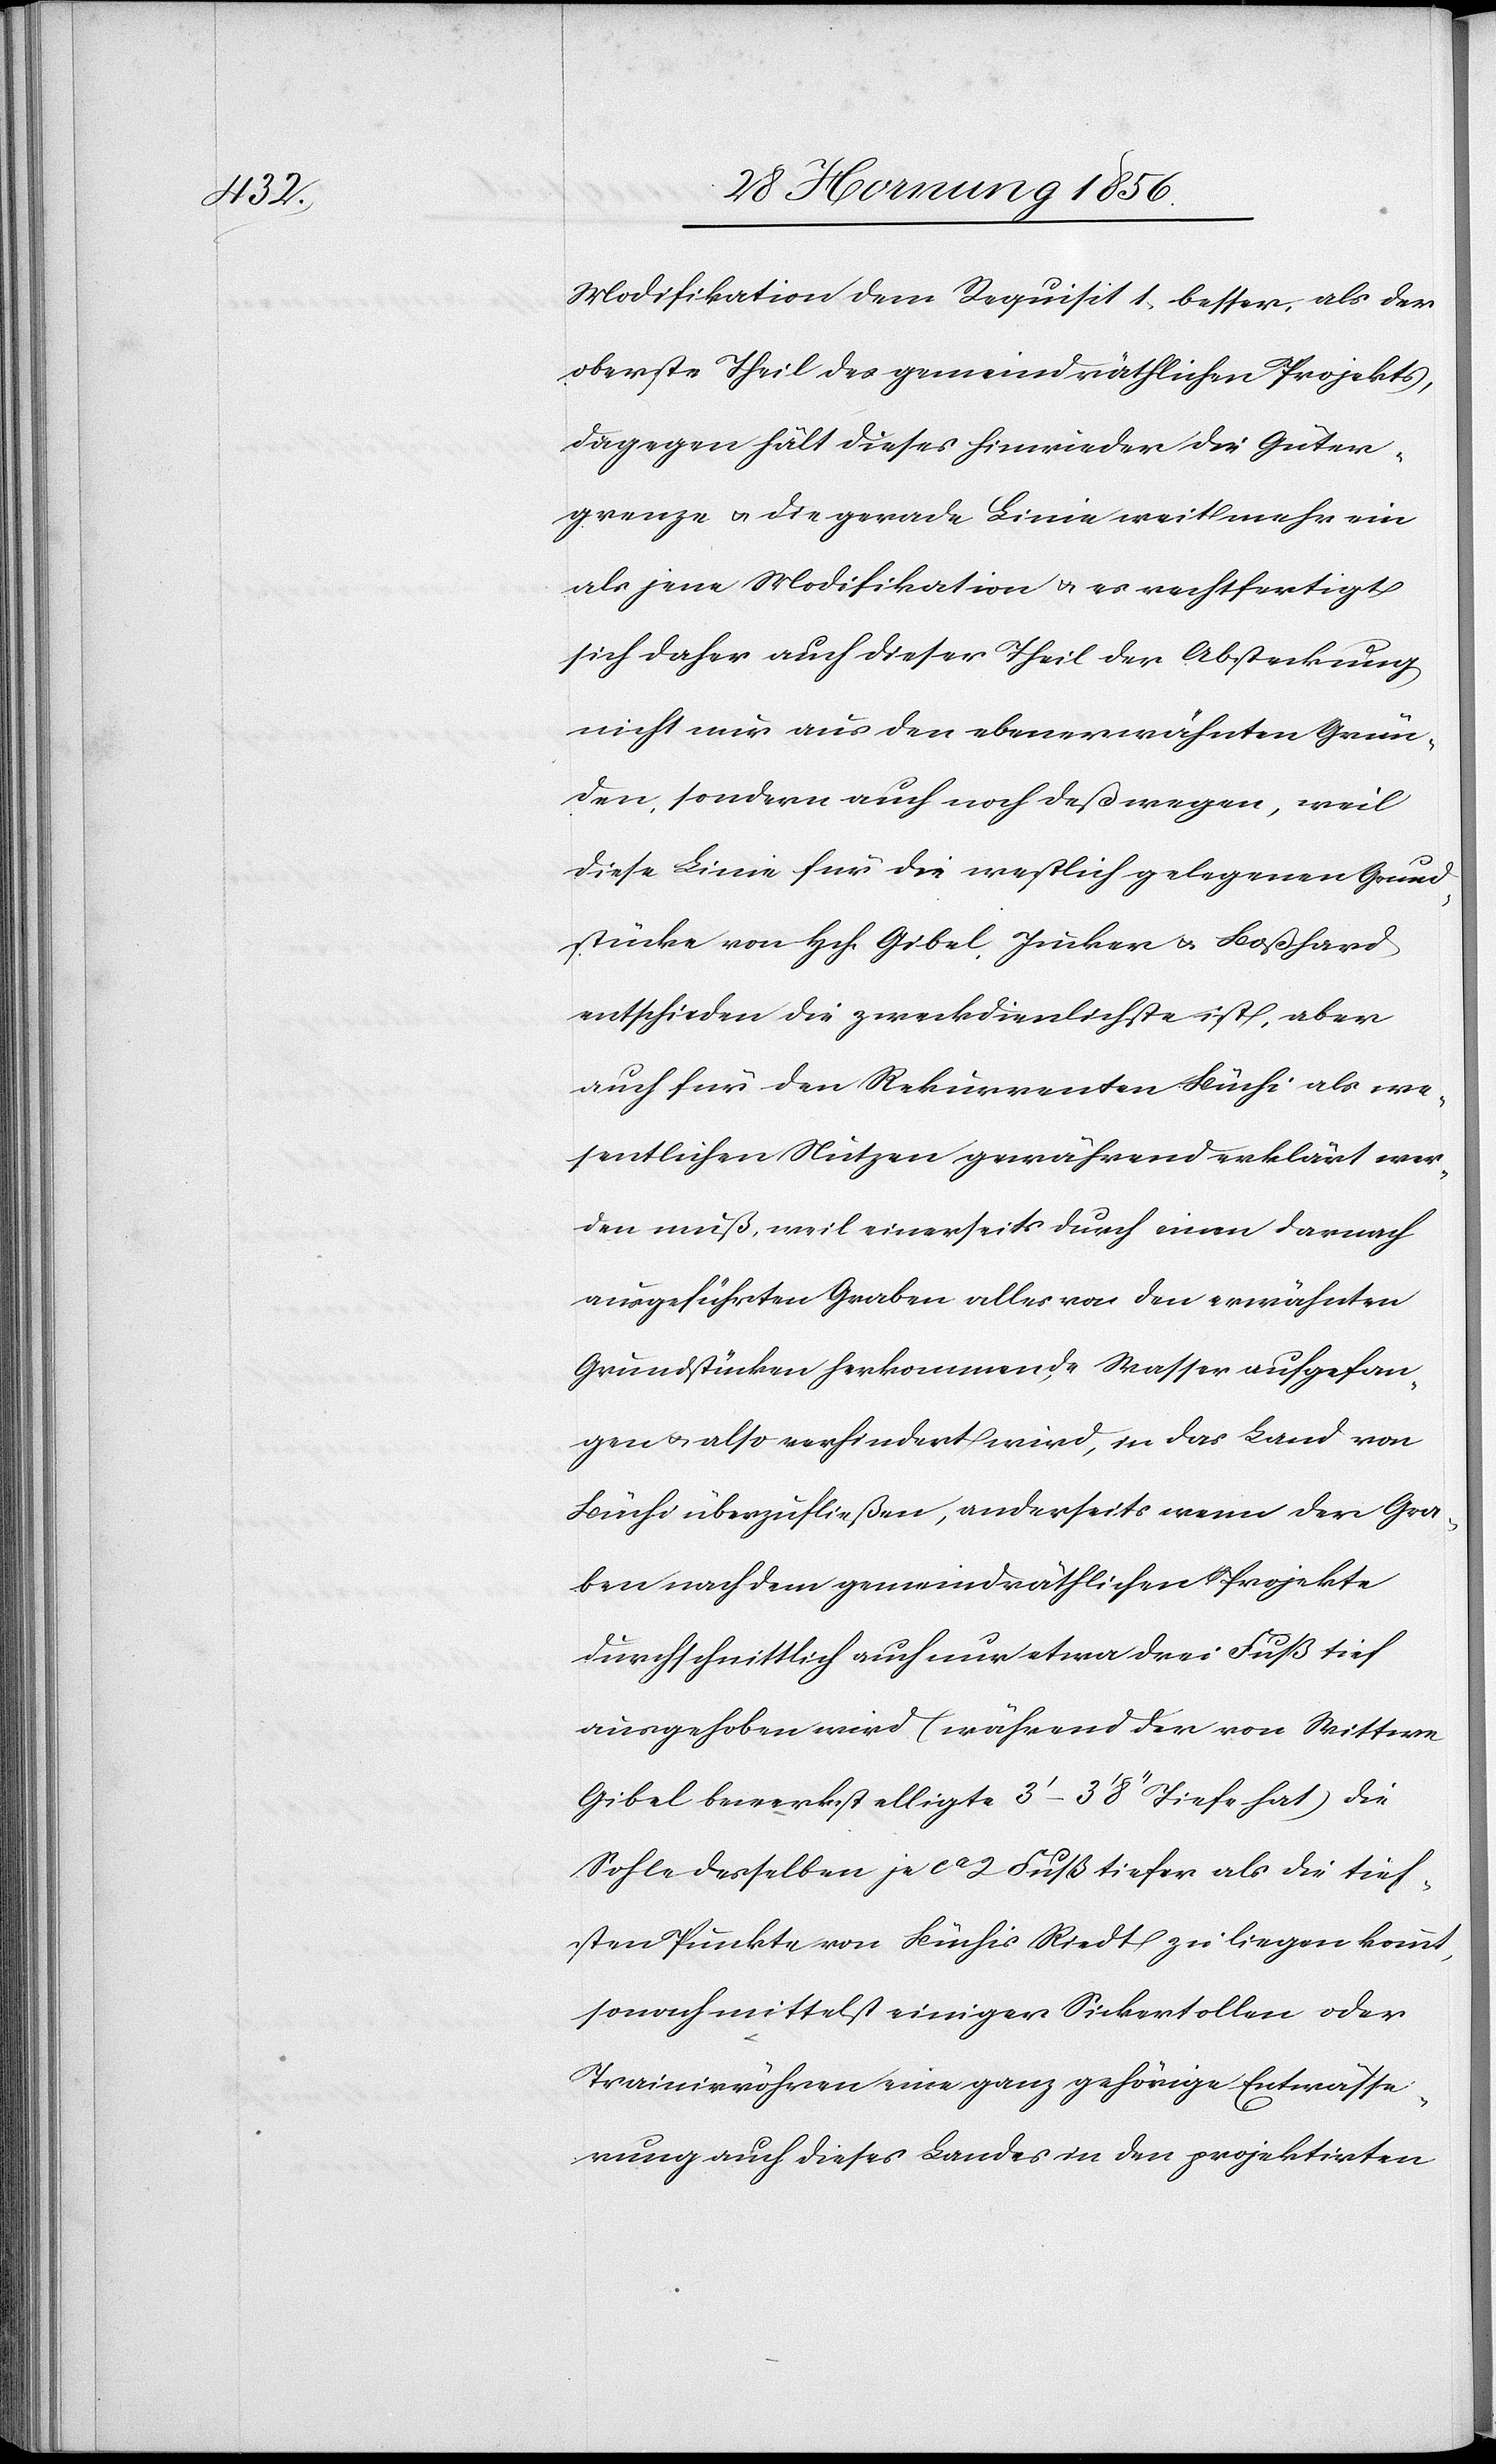
Modifikation dem Requisit 1. besser, als der
oberste Theil des gemeindräthlichen Projekts,
dagegen hält dieses hinwieder die Güter¬
grenze u. die gerade Linie weit mehr ein
als jene Modifikation u. es rechtfertigt
sich daher auch dieser Theil der Absteckung
nicht nur aus den ebenerwähnten Grün¬
den, sondern auch noch deßwegen, weil
diese Linie für die westlich gelegenen Grund¬
stücke von Hch. Gibel, Jucker u. Boßhard
entschieden die zweckdienlichste ist, aber
auch für den Rekurrenten Büchi als we¬
sentlichen Nutzen gewährend erklärt wer¬
den muß, weil einerseits durch einen darnach
ausgeführten Graben alles von den erwähnten
Grundstücken herkommende Wasser aufgefan¬
gen u. also verhindert wird, in das Land von
Büchi überzufließen, anderseits wenn der Gra¬
ben nach dem gemeindräthlichen Projekte
durchschnittlich auch nur etwa drei Fuß tief
ausgehoben wird (während der von Wittwe
Gibel bewerkstelligte 3’–3’ 8’’ Tiefe hat) die
Sohle desselben je ca 2 Fuß tiefer als die tief¬
sten Punkte von Büchis Riedt zu liegen kommt,
sonach mittelst einiger Sickertollen oder
Trainirröhren eine ganz gehörige Entwässe¬
rung auch dieses Landes in den projektirten